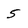
Character: 5